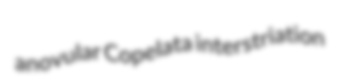
anovular Copelata interstriation